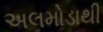
અલમોડાથી